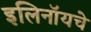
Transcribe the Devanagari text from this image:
इलिनॉयचे